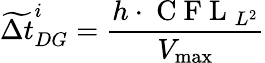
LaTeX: \widetilde{\Delta t}_{DG}^{i}=\frac{h\cdot\mathrm{~C~F~L~}_{L^{2}}}{V_{\operatorname*{max}}}